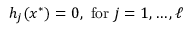
h _ { j } ( x ^ { * } ) = 0 , { \mathrm { ~ f o r ~ } } j = 1 , \ldots , \ell \,